Report of the King Institute of Preventive Medicine, Guindy
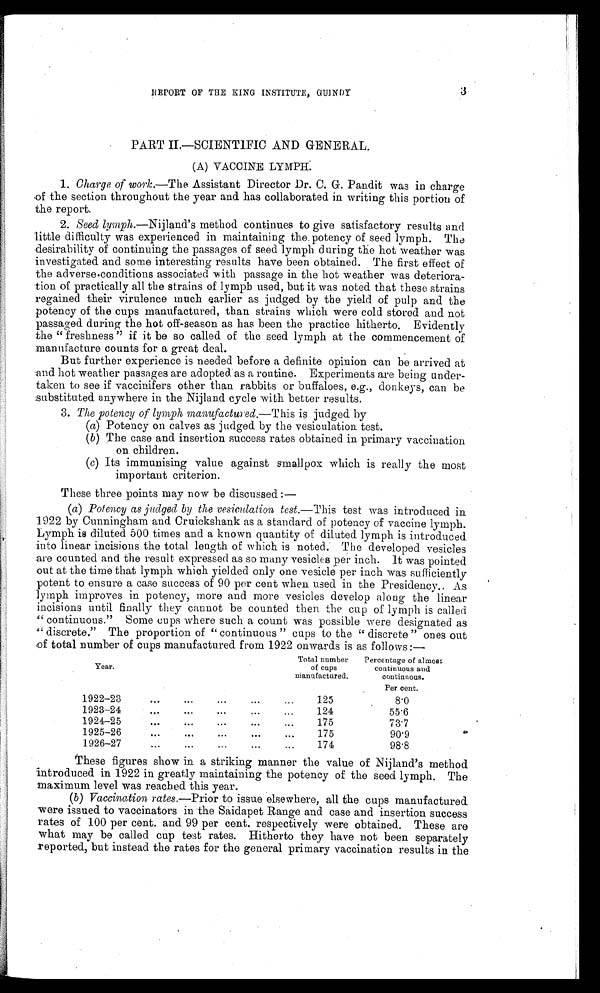
3
REPORT OF THE KING INSTITUTE, GUINDY
PART II.—SCIENTIFIC AND GENERAL.
(A) VACCINE LYMPH.
1. Charge of work .—The Assistant Director Dr. C. G. Pandit was in charge
of the section throughout the year and has collaborated in writing this portion of
the report.
2. Seed lymph .—Nijland's method continues to give satisfactory results and
little difficulty was experienced in maintaining the potency of seed lymph. The
desirability of continuing the passages of seed lymph during the hot weather was
investigated and some interesting results have been obtained. The first effect of
the adverse·conditions associated with passage in the hot weather was deteriora--
tion of practically all the strains of lymph used, but it was noted that these strains
regained their virulence much earlier as judged by the yield of pulp and the
potency of the cups manufactured, than strains which were cold stored and not
passaged during the hot off-season as has been the practice hitherto. Evidently
the "freshness" if it be so called of the seed lymph at the commencement of
manufacture counts for a great deal.
But further experience is needed before a definite opinion can be arrived at
and hot weather passages are adopted as a routine. Experiments are being under-
taken to see if vaccinifers other than rabbits or buffaloes, e.g., donkeys, can be
substituted anywhere in the Nijland cycle with better results.
3. The potency of lymph manufactured.— This is judged by
(a) Potency on calves as judged by the vesiculation test.
(b) The case and insertion success rates obtained in primary vaccination
on children.
(c) Its immunising value against smallpox which is really the most
important criterion.
These three points may now be discussed : —
(a ) Potency as judged by the vesiculation test.— This test was introduced in
1922 by Cunningham and Cruickshank as a standard of potency of vaccine lymph.
Lymph is diluted 500 times and a known quantity of diluted lymph is introduced
into linear incisions the total length of which is noted. The developed vesicles
are counted and the result expressed as so many vesicles per inch. It was pointed
out at the time that lymph which yielded only one vesicle per inch was sufficiently
potent to ensure a case success of 90 per cent when used in the Presidency. As
lymph improves in potency, more and more vesicles develop along the linear
incisions until finally they cannot be counted then the cup of lymph is called
"continuous." Some cups where such a count was possible were designated as
"discrete." The proportion of "continuous" cups to the "discrete" ones out
of total number of cups manufactured from 1922 onwards is as follows :—
Year.
Total number
of cups
manufactured.
Percentage of almost
continuous and
continuous.
Per cent.
1922-23
125
8.0
1923-24
124
55.6
1924-25
175
73.7
1925-26
175
90.9
1926-27
174
98.8
These figures show in a striking manner the value of Nijland's method
introduced in 1922 in greatly maintaining the potency of the seed lymph. The
maximum level was reached this year.
( b) Vaccination rates.—Prior to issue elsewhere, all the cups manufactured
were issued to vaccinators in the Saidapet Range and case and insertion success
rates of 100 per cent. and 99 per cent. respectively were obtained. These are
what may be called cup test rates. Hitherto they have not been separately
reported, but instead the rates for the general primary vaccination results in the